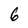
Character: 6